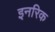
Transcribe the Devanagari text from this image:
इनरिक